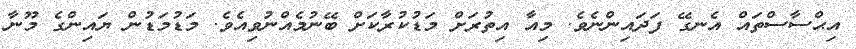
އިޙްސާސްތައް އެނގޭ ފަދައިންނެވެ. މިއާ އިތުރަށް މަޑުކުރާކަށް ބޭނުމެއްނުވިއެވެ. މަޑުމަޑުން ޔައިންގެ މޫނާ